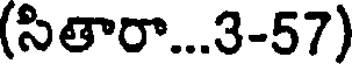
(సితారా...3-57)